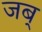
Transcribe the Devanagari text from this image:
जब्